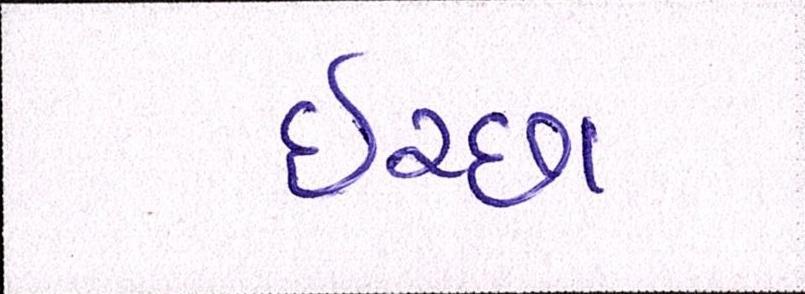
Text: ઈચ્છા